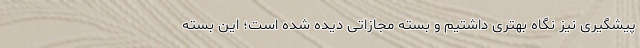
پیشگیری نیز نگاه بهتری داشتیم و بسته مجازاتی دیده شده است؛ این بسته